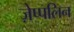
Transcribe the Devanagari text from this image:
ज़ेप्पलिन